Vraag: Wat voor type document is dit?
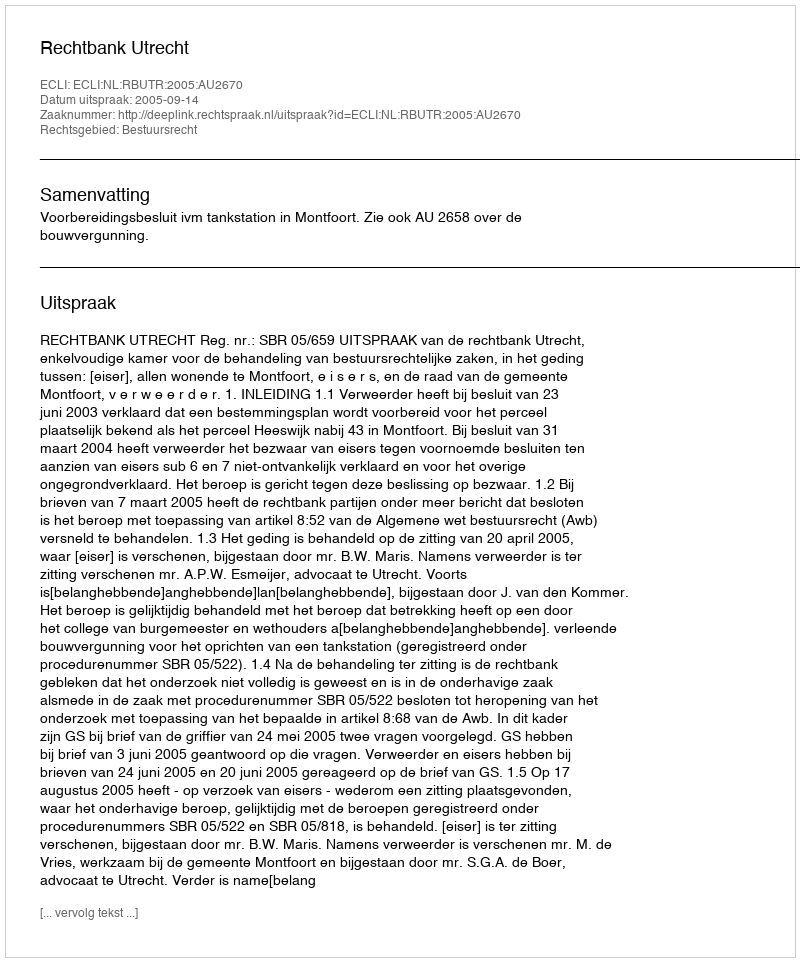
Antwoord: Uitspraak